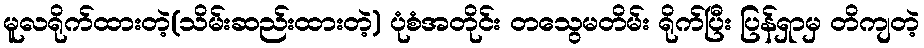
မူလရိုက်ထားတဲ့(သိမ်းဆည်းထားတဲ့) ပုံစံအတိုင်း တသွေမတိမ်း ရိုက်ပြီး ပြန်ရှာမှ တိကျတဲ့